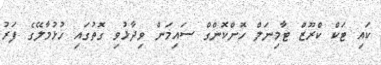
ކައި ޓަކް ކްރޫޒް ޓާމިނަލް ހޮންކޮންގް ސައިމަން ވިދާޅުވި ގޮތުގައި ހުޅުމާލޭގެ ފަރު